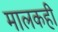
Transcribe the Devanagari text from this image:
मालकही